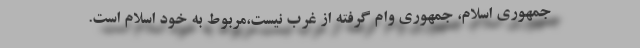
جمهوری اسلام، جمهوری وام گرفته از غرب نیست،‌مربوط به خود اسلام است.